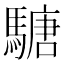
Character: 𩥁